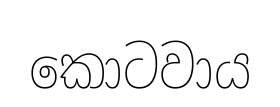
කොටවාය